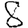
Digit: 8